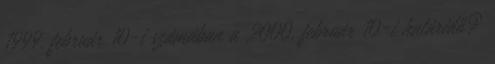
1999. február 10-i számában a 2000. február 10-i határidő?